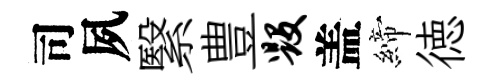
司夙繄豊毁盖締徳